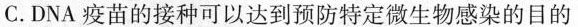
C.DNA疫苗的接种可以达到预防特定微生物感染的目的